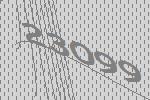
23099